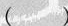
( )